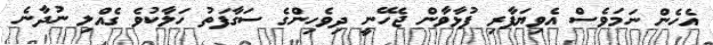
އެހެން ނަމަވެސް އެވިޔަފާރި ފުޅާވާން ޖެހޭނީ ދިވެހިންގެ ސަގާފަތު ހަލާކުވެ ގެއްލި ނުދާނެ